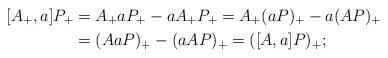
LaTeX: \begin{align*} [A_+,a]P_+&= A_+aP_+-aA_+P_+=A_+(aP)_+-a(AP)_+\\ &=(AaP)_+-(aAP)_+=([A,a]P)_+;\end{align*}